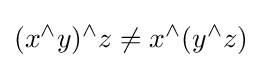
(x^{\wedge }y)^{\wedge }z\neq x^{\wedge }(y^{\wedge }z)